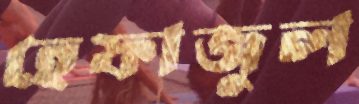
হেফাজুল